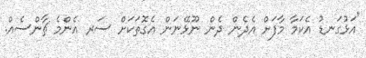
"އަޅުގަނޑު އެކަމާ މާފަށް އެދެން ދެން ނޫޅޭނަން އެގޮތަކަށް ސަރ އެންމެ ޗާންސެއް.